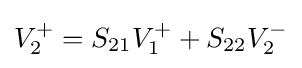
V_{2}^{+}=S_{21}V_{1}^{+}+S_{22}V_{2}^{-}